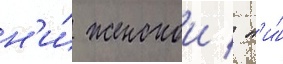
н'и́ женскои / н'и́